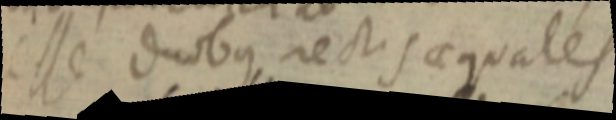
esse duobus rectis aequales